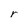
Character: r